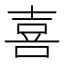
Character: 喜